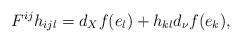
LaTeX: \begin{align*}F^{ij}h_{ijl}=d_{X}f(e_{l})+h_{kl}d_{\nu}f(e_{k}),\end{align*}